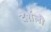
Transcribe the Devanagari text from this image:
दर्शली